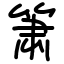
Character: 箫